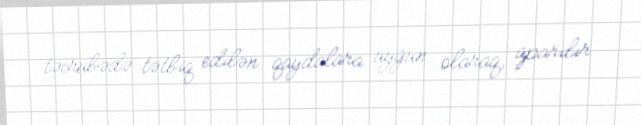
təcrübədə tətbiq edilən qaydalara uyğun olaraq, aparılır.